Mental hospitals Bombay report 1921-28 - 1921-1928
Year: 1921
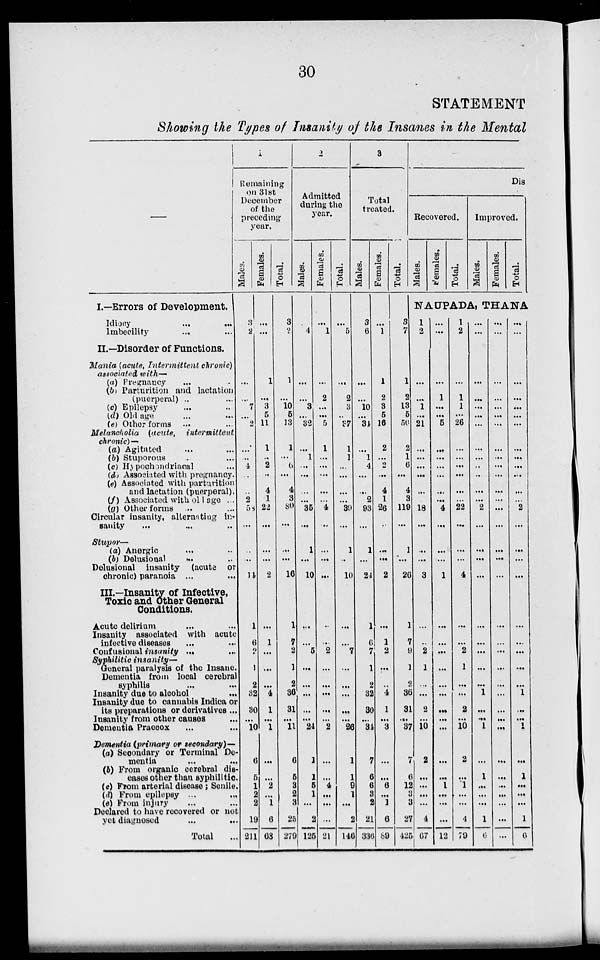
30
STATEMENT
Showing the Types of Insanity of the Insanes in the Mental
—
I.—Errors of Development.
Idiocy ... ...
Imbecility ... ...
II.—Disorder of Functions.
Mania (acute, Intermittent chronic)
associated with—
(a) Pregnancy ... ...
(b) Parturition and lactation
(puerperal) ... ...
(c) Epilepsy ... ...
(d) Old age ... ...
(e) Other forms ... ...
Melancholia (acute, intermittent
chronic)—
(a) Agitated ... ...
(b) Stuporous ... ...
(c) Hypochondriacal ...
(d) Associated with pregnancy.
(e) Associated with parturition
and lactation (puerperal).
(f) Associated with old age ...
(g) Other forms ... ...
Circular insanity, alternating in-
sanity ... ... ...
Stupor—
(a) Anergic ... ...
(b) Delusional ... ...
Delusional insanity (acuta or
chronic) paranoia ... ...
III.—Insanity of Infective,
Toxic and Other General
Conditions.
Acute delirium ... ...
Insanity associated with acute
infective diseases ... ...
Confusional insanity ... ...
Syphilitic insanity—
General paralysis of the Insane.
Dementia from local cerebral
syphilis ... ...
Insanity due to alcohol ...
Insanity due to cannabis Indica or
its preparations or derivatives ...
Insanity from other causes ...
Dementia Praecox ... ...
Dementia (primary or secondary)—
(a) Secondary or Terminal De-
mentia ... ...
(b) From organic cerebral dis-
eases other than syphilitic.
(c) From arterial disease; Senile.
(d) From epilepsy
...
...
(e) From injury ... ...
Declared to have recovered or not
yet diagnosed
...
...
Total ...
1
Remaining
on 31st
December
of the
preceding
year.
Males.
3
2
...
...
7
...
2
...
...
4
...
...
2
58
...
...
...
14
1
6
2
1
2
32
30
...
10
6
5
1
2
2
19
211
Females.
...
...
1
...
3
5
11
1
...
2
...
4
1
22
...
...
...
2
...
1
...
...
...
4
1
...
1
...
...
2
...
1
6
68
Total.
3
2
1
...
10
5
13
1
...
6
...
4
3
80
...
...
...
16
1
7
2
1
2
36
31
...
11
6
5
3
2
3
25
279
2
Admitted
during the
year.
Males.
...
4
...
...
3
...
32
...
1
...
...
...
...
35
...
1
...
10
...
...
5
...
...
...
...
...
24
1
1
5
1
...
2
125
Females.
...
1
...
2
...
...
5
1
...
...
...
...
...
4
...
...
...
...
...
...
2
...
...
...
...
...
2
...
...
4
...
...
...
21
Total.
...
5
...
2
3
...
37
1
1
...
...
...
...
39
...
1
...
10
...
...
7
...
...
...
...
...
26
1
1
9
1
...
2
146
3
Total
treated.
Males.
3
6
...
...
10
...
34
...
1
4
...
...
2
93
...
1
...
24
1
6
7
1
2
32
30
...
34
7
6
6
3
2
21
336
Females.
...
1
1
2
3
5
16
2
...
2
...
4
1
26
..
...
...
2
...
1
2
...
...
4
1
...
3
...
...
6
...
1
6
89
Total.
3
7
1
2
13
5
50
2
1
6
...
4
3
119
...
1
...
26
1
7
9
1
2
36
31
...
37
7
6
12
3
3
27
425
Dis
Recoverd.
Males. Females.
Total.
Improved.
Males.
Females.
Total.
NAUPADA, THANA
1
2
...
...
1
...
21
...
...
...
...
...
...
18
...
...
...
3
...
...
2
1
...
...
2
...
10
2
...
...
...
...
4
67
...
...
...
1
...
...
5
...
...
...
...
...
...
4
...
...
...
1
...
...
...
...
...
...
...
...
...
...
...
1
...
...
...
12
1
2
...
1
1
...
26
...
...
...
...
...
...
22
...
...
...
4
...
...
2
1
...
...
2
...
10
2
...
1
....
...
4
79
...
...
...
...
...
...
...
...
...
...
...
...
...
2
...
...
...
...
...
...
...
...
...
1
...
...
1
...
1
...
...
...
1
6
...
...
...
...
...
...
...
...
...
...
...
...
...
...
...
...
...
...
...
...
...
...
...
...
...
...
...
...
...
...
...
...
...
...
...
...
...
...
...
...
...
...
...
...
...
...
...
2
...
...
...
...
...
...
...
...
...
1
...
...
1
...
1
...
...
...
1
6